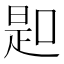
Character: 𠸭